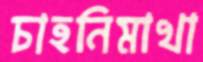
চাহনিমাখা